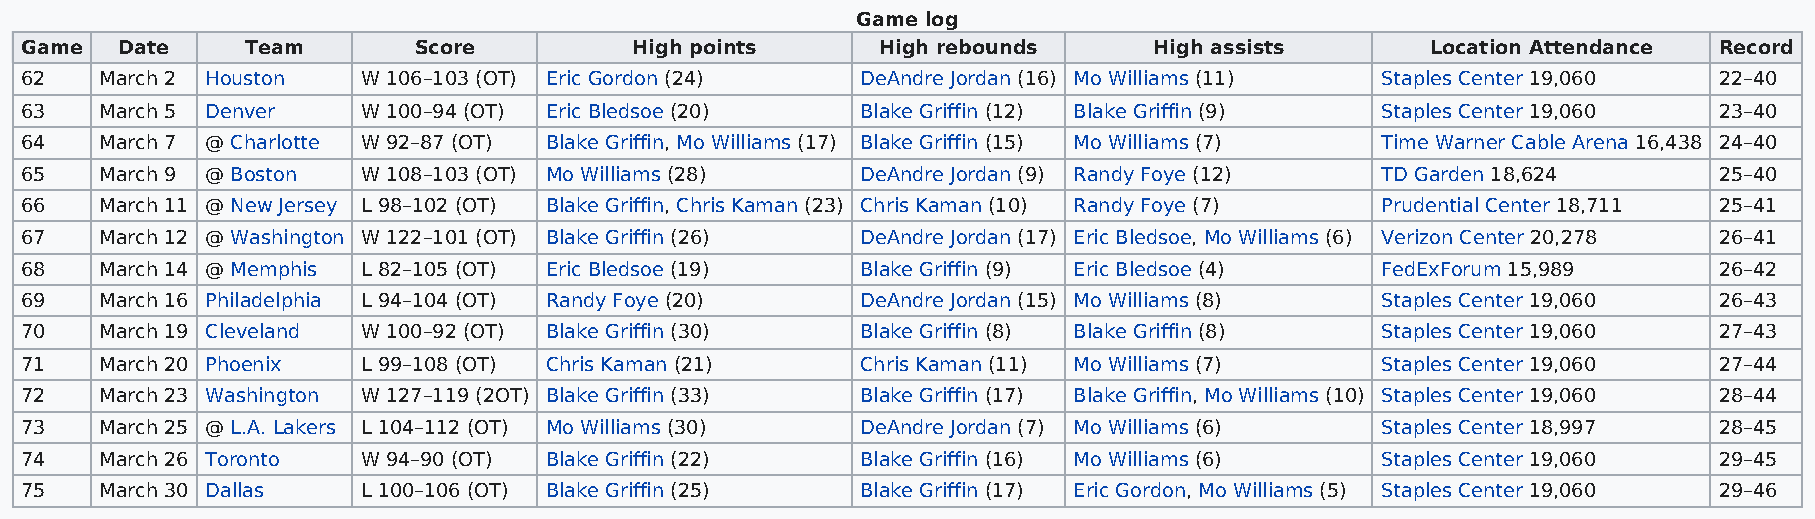
Game log
 Game   Date    Team       Score          High points     High rebounds     High assists       Location Attendance Record
 62    March 2 Houston  W 106–103 (OT) Eric Gordon (24)  DeAndre Jordan (16) Mo Williams (11) Staples Center 19,060 22–40
 63    March 5 Denver   W 100–94 (OT) Eric Bledsoe (20)  Blake Griffin (12) Blake Griffin (9) Staples Center 19,060 23–40
 64    March 7 @ Charlotte W 92–87 (OT) Blake Griffin, Mo Williams (17) Blake Griffin (15) Mo Williams (7) Time Warner Cable Arena 16,438 24–40
 65    March 9 @ Boston W 108–103 (OT) Mo Williams (28)  DeAndre Jordan (9) Randy Foye (12) TD Garden 18,624      25–40
 66    March 11 @ New Jersey L 98–102 (OT) Blake Griffin, Chris Kaman (23) Chris Kaman (10) Randy Foye (7) Prudential Center 18,711 25–41
 67    March 12 @ Washington W 122–101 (OT) Blake Griffin (26) DeAndre Jordan (17) Eric Bledsoe, Mo Williams (6) Verizon Center 20,278 26–41
 68    March 14 @ Memphis L 82–105 (OT) Eric Bledsoe (19) Blake Griffin (9) Eric Bledsoe (4) FedExForum 15,989    26–42
 69    March 16 Philadelphia L 94–104 (OT) Randy Foye (20) DeAndre Jordan (15) Mo Williams (8) Staples Center 19,060 26–43
 70    March 19 Cleveland W 100–92 (OT) Blake Griffin (30) Blake Griffin (8) Blake Griffin (8) Staples Center 19,060 27–43
 71    March 20 Phoenix L 99–108 (OT) Chris Kaman (21)   Chris Kaman (11) Mo Williams (7)  Staples Center 19,060  27–44
 72    March 23 Washington W 127–119 (2OT) Blake Griffin (33) Blake Griffin (17) Blake Griffin, Mo Williams (10) Staples Center 19,060 28–44
 73    March 25 @ L.A. Lakers L 104–112 (OT) Mo Williams (30) DeAndre Jordan (7) Mo Williams (6) Staples Center 18,997 28–45
 74    March 26 Toronto W 94–90 (OT) Blake Griffin (22)  Blake Griffin (16) Mo Williams (6) Staples Center 19,060 29–45
 75    March 30 Dallas  L 100–106 (OT) Blake Griffin (25) Blake Griffin (17) Eric Gordon, Mo Williams (5) Staples Center 19,060 29–46